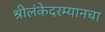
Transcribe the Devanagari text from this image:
श्रीलंकेदरम्यानचा